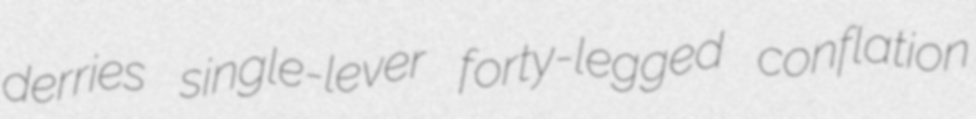
derries single-lever forty-legged conflation